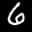
Label: 6